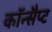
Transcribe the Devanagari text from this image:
कॉन्सैप्ट